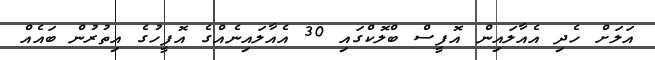
އަލަށް ހެދި އެއާލައިން އޮފީސް ބްލޮކްގައި 30 އެއާލައިނެއްގެ އޮފީހުގެ އިތުރުން ބައެއް